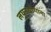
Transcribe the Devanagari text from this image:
लघुउद्योगांना